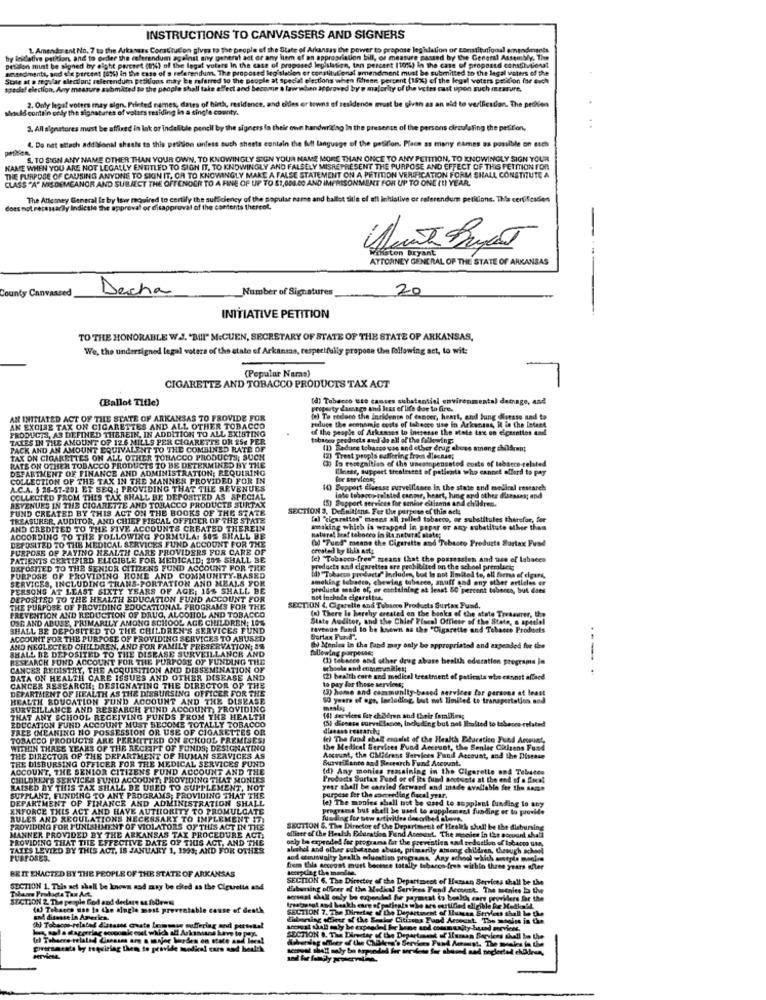
INSTRUCTIONS TO CANVASSERS AND SIGNERS
L Amender ent No. 7 to the Arkansas Constitucion gives to The people of the State of Arkan
ower to propose legislation or constitutional amendments
hy leidative petition, and to order the referendum against any genent act or any ltem of an appropriation bill, or measure passed by the General Assembly, The
pestilen must be signed by eight percert (4) of the legat voters In the case of proposed legislation, ton percent (10%) in the case of proposed constilvilona!
embedments, sod six percent [ont) in the case of s referendum. Th
unposed legislation er constitutional amendment must be submitted to the legal waters of the
Stale at a regular electiont referendum printloos may be mafarred
e people at
special elections w
en fiheen percent (15%) of the legel voters petition for auch
Ifecial election, Any measure EV
shall take
ect and become a law whan approved by'e majority of the votes cast upon such measure,
2. Only legat voters may elgn, Printed names, dates of birth, residence, and olles er towns of residence must be given as an aid to verification. The pettien
should contain only the signatures of voters residing in a single county.
3. All signatures must be affixed in lak or indelible pencil by the signers la their own handwridag In the presence of the persons circulating the petition,
4. De nat attach addisonal sheets to this pesition unless such sheets contain the full language of the position. Place as many times as possible on sich
pethen.
4. De nat altach add
S. TO SIGN ANY NAME OTHER THAN YOUR OWN, TO KNOWINGLY SIGN YOUR NAME MORE THAN ONCE TO ANY PEITTION, TO KNOWINGLY SIGN YOUR
NAME WHEN YOU ARE NOT LEGALLY ENTITLED TO SIGN IT, TO KNOWINGLY AND FALSELY MISREPRESENT THE PURPOSE AND EFFECT OF THIS PETITION FOR
THE PURPOSE OF CAUSING ANYONE TO SIIN IT, OR TO KNOWINGLY MAKE A FALSE STATEMENT ON A PETITION VERIFICATION FORM SHALL CONSTITUTE A
CLASS "A" MISDEMEANOR AND SUBJECT THE OFTENOCR TO A FINE OF UP TO $1,000.00 AND IMPRISONMENT FOR UP TO ONE (!) YEAR.
The Attomey General Is by low required to certify the sufficiency of the popular name and ballot title of all intiative or referendum petitions. This certificaden
does not necessarily Indicate the approval or disappr
oval of the contents thercol.
-
foton bryant
ATTORNEY GENERAL OF THE STATE OF ARKANSAS
County Canvassed
Decha
Number of Signatures
20
INITIATIVE PETITION
TO THE HONORABLE W.J. "MINI" M.CUEN, SECRETARY OF STATE OF THE STATE OF ARKANSAS,
We, the undersigned legal voters of the state of Arkansas, respectfully propose the following set, to wit:
(Popular Naras)
CIGARETTE AND TOBACCO PRODUCTS TAX ACT
(Ballot Title)
(d) Tabacco use causes substantial enviren
stal datnage, and
property damage and leas of life doe to fire.
AN INITIATED ACT OF THE STATE OF ARKANSAS TO PROVIDE FOR
reduce the economic costs of tabecco sise in Arkansas, it in the Intent
(e) To reduce the incidence of cancer, heart, and lung disease and to
AN EXCISE TAX ON CIGARETTES AND ALL OTHER TOBACCO
PRODUCTS, AS DEFINED THEREIN. IN ADDITION TO ALL EXISTING
of the people of Arkansas to intresse the state tax on eicarellos And
TALES IN THE AMOUNT OF 12 6 MILLS PER CIGARETTE OR 254 PER
tobacco products and do all of the following:
PACK AND AN AMOUNT EQUIVALENT TO THE COMBINED RATE OF
(1) Reduce tobacco vas and other drug abuse strong charont
TAX ON CIGARETTES ON ALL OTHER TOBACCO PRODUCTS; SUCH
et propis suffering from diecnsns
RATE ON OTHER TOBACCO PRODUCTS TO BE DETERMINED BY THE
DEPARTMENT OF FINANCE AND ADMINISTRATION; REQUIRING
(3) Is rocegaitian of the uncompensated costs of tabacco-related
Cheese, support treatment of patients who cannot allard to pay
COLLECTION OF THE TAX IN THE MANNER PROVIDED FOR IN
for servicos,
A.C.A. $ 28-57-201 ET SEQ .: PROVIDING THAT THE REVENUES
10) Support deesse surveillance In the state and medical research
COLLECTED FROM THIS TAK SHALL BE DEPOSITED AS SPECIAL
ASVENUES IN THE CIGARETTE AND TOBACCO PRODUCTS SURTAX
(5) Support services for senior citizens and children.
inte tabacos-to sted canmr, heart, hing and other diseases; and
FUND CREATED BY THIS ACT ON THE BOOKS OF THE STATE
SECTION 3, Definitions. For the purpeso ef thin acts
TREASURER, AUDITOR, AND CHIEF FISCAL OFFICER OF THE STATE
fal "cigarettes" means all telled tobacco, or substitules therefor, fee
AND CREDITED TO THE FIVE ACCOUNTS CREATED THEREIN
making which is wrapped in popar or any substitute other than
ACCORDING TO THE FOLLOWING FORMULA: SOS SHALL BE
DEPOSITED TO THE MEDICAL SERVICES FUND ACCOUNT FOR THE
Haberal biraf tebocro in ilt natural states
PURPOSE OF PAYING HEALTH CARE PROVIDERS FOR CARE OF
(J "Tued" means the Cigarette and Tobacco Products Surtax Fund
created by this ast;
PATIENTS CERTIFIRD ELIGIBLE FOR MEDICAID; 201 SHALL BE
[e) "Tobacco-free" means that the possession and use of labaces
DEPOSITED TO THE SENIOR CITIZENS FUND ACCOUNT FOR THE
id) "Tobacco products" Includes, but is not limited to, all forms of elgars,
products and cigarettes are prohibited on the school premluca;
PURPOSE OF PROVIDING HOME AND COMMUNITY-BASED
SERVICES, INCLUDING TRANS-PORTATION AND MEALS FOR
smoking Istades, chewing tobacco, snuff and any other articles er
PERSONS AT LEAST SIXTY YEARS OF AGE; 15$ SHALL BE
products made of, or estfaining at least 50 percent tobanco, but daes
DEPOSITED TO THE HEALTH EDUCATION FUND ACCOUNT FOR
THE PURPOSE OF PROVIDING EDUCATIONAL PROGRAMS FOR THE
PREVENTION AND REDUCTION OF DRUG, ALCOHOL AND TOBACCO
SECTION 4, Cigarette and Tobacco Products Surtax Fund,
OSE AND ABUSE, PRIMARILY AMONG SCHOOL AGE CHILDREN; 10%
(a) There Is harchy created on the books of the state Treasurer, the
State Auditor, and the Chief Fiscal Officer of the State, a spadlel
SHALL BE DEPOSITED TO THE CHILDREN'S SERVICES FUND
revenus fund to be known as the "Cigarette and Tobacco Products
ACCOUNT FOR THE PURPOSE OF PROVIDING SERVICES TO ABUSED
AND NEGLECTED CHILDREN, AND FOR FAMILY PRESERVATION; JS
SHALL BE DEPOSITED TO THE DISEASE SURVEILLANCE AND
(b) Menles in the fand may only be appropriated and expended for the
RESEARCH FUND ACCOUNT FOR THE PURPOSE OF FUNDING THE
(1) telacce and other drug abase health education programs ja
parpong
CANCER REGISTRY, THE ACQUISITION AND DISSEMINATION OF
schoole and communities;
DATA ON HEALTH CARE ISSUES AND OTHER DISEASE AND
(2) health care and medical treatment of patients who cannot afford
CANCER RESEARCH: DESIGNATING THE DIRECTOR OF THE
DEPARTMENT OF HEALTH AS THE DISBURSING OFFICER FOR THE
to pay for these services;
(3) home and community-based services for persons at least
HEALTH EDUCATION FUND ACCOUNT AND THE DISEASE
50 years of age, Including, but not limited to transportation and
SURVEILLANCE AND RESEARCH FUND ACCOUNT, PROVIDING
meslag
THAT ANY SCHOOL RECEIVING FUNDS FROM THE HEALTH
EDUCATION FUND ACCOUNT MUST BECOME TOTALLY TOBACCO
(4) services for children and their families;
(5) dieeste surveillance, Including but not Irastod to tobence related
FREE (MEANING NO POSSESSION OR USE OF CIGARETTES OR
Y TOBA
TOBACCO PRODUCTS ARE PERMITTED ON SCHOOL PREMISES!
fel The fund shalt esgalst of the Health Education Fund Account-
WITHIN THREE YEARS OF THE RECEIPT OF FUNDS; DESIGNATING
the Medical Services Fund Account, the Senlee Citizens Fund
THE DIRECTOR OF THE DEPARTMENT OF HUMAN SERVICES AS
THE DISBURSING OFFICER FOR THE MEDICAL SERVICES FUND
Account, the CMidress Services Fund Account, and the Disease
Burveikinto and Research Fund Account.
ACCOUNT, THE SENIOR CITIZENS FUND ACCOUNT AND THE
(d) Any monies remaining in the Cigarette and Tebutes
CHILDREN'S SERVICES FUND ACCOUNT, PROVIDING THAT MONIES
Products Surtax Fund or of Ito fund atotsote at the end of a focal
RAISED BY THIS TAX SHALL DE USED TO SUPPLEMENT, NOT
yesr shall be carried forward and made avalfabio fee the same
SUPPLANT, FUNDING TO ANY PROGRAMS; PROVIDING THAT THE
DEPARTMENT OF FINANCE AND ADMINISTRATION SHALL
(e) The monies shall not be used to supplant funding lo aty
purpese fer the somceeding fiscal year.
ENFORCE THIS ACT AND HAVE AUTHORITY TO PROMULGATE
programs but shell be used to supplement funding er to provide
RULES AND REGULATIONS NECESSARY TO IMPLEMENT IT!
funding for sow activities described above.
PROVIDING FOR PUNISHMENT OF VIOLATORS OF THIS ACT IN THE
SECTION &. The Director of the Department of Heskh shall be the disbursing
PROVIDING THAT THE EFFECTIVE DATE OF THIS ACT, AND THE
MANNER PROVIDED BY THE ARKANSAS TAX PROCEDURE ACT!
officer of the Health Education Fund Account. The monies in the account shall
ely be exproded for programa let the prevention and bedaction of tobacco ut),
TATES LEVIED BY THIS ACT, IS JANUARY 1, 1999; AND FOR OTHER
the and other substance abuse, primarily among children, thesugh school
and cousualty health education programs, Any school which sostyle meeles
BRIT ENACTED BY THE PEOPLE OF THE STATE OF ARKANSAS
frem this account must becere totally tebarco freh within thee years after
SECTION 6. The Director of the Depa
rok of Human Services shall be the
SUCTION 1. This act shall be known asd mary be cied as the Cipuretia and
Tihave Products Tax Art.
Lisboning offfear of the Medkal Services Fand Account. The menles la the
SECTION 2. The people food and declare as follows
are providers De the
(a) Tobacco use to the single most preventable cause of death
SECTION 7. The Director of the Der
Irestaurat and beakh esen af parjeg
t of Humces Strvlees shall be the
and disease In America.
Gaboning offour of the Beaker Citi
Fund Account The mooits in the
(h) Tobacos-related distains chate loansse suffering and pertotal
SECTION B. The Director of the Dep
det of Susan Borviens shall be the
giversacats by requiring them to provide medical care and health
services.